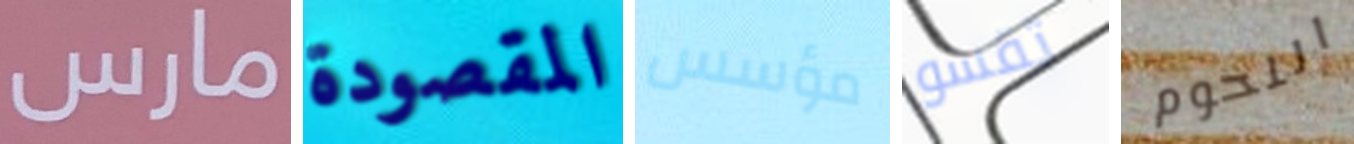
مارس المقصودة مؤسس تقسو اللحوم